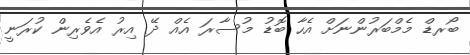
ބޯރޑް މެމްބަރުންނަށް އެހާ ބޮޑު މުސާރަ އެއް ދޭ އިރު އެވެރިން ކުރަނީ